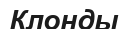
Клонды